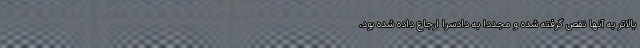
بالاتر به آنها نقص گرفته شده و مجدداً به دادسرا ارجاع داده شده بود،